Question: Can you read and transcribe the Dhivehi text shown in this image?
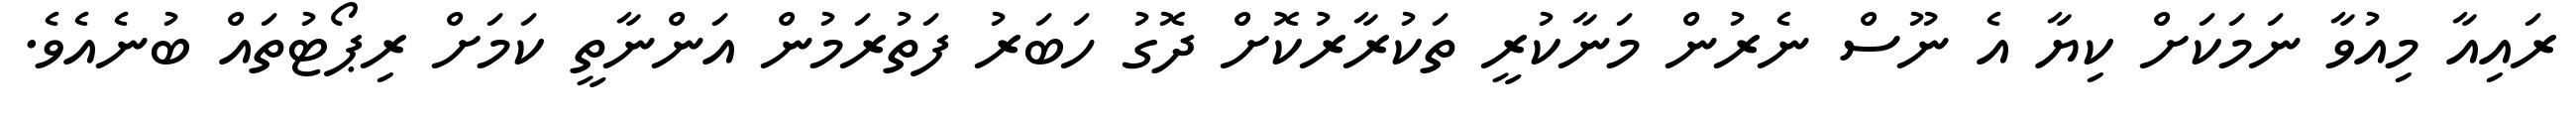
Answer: ރައިއާ މިއުވާ ނަމަކަށް ކިޔާ އެ ނޫސް ނެރުން މަނާކުރީ ތަކުރާރުކޮށް ދޮގު ހަބަރު ފަތުރަމުން އަންނާތީ ކަމަށް ރިޕޯޓުތައް ބުނެއެވެ.